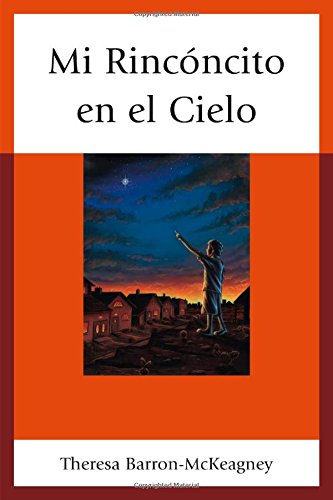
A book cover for Mi RincÃ³ncito en el Cielo; Theresa Barron-McKeagney; Biographies & Memoirs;